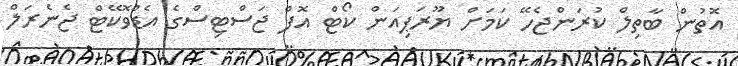
އޮތުން ބާތިލް ކުރަންޖެހޭ ކަމަށް ޔޫރަޕިއަން ކޯޓް އޮފް ޖަސްޓިސްގެ އެޑްވޮކޭޓް ޖެނެރަލް